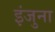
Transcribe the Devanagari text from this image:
इंजुना